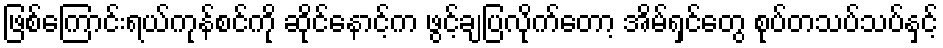
ဖြစ်ကြောင်းရယ်ကုန်စင်ကို ဆိုင်နောင့်က ဖွင့်ချပြလိုက်တော့ အိမ်ရှင်တွေ စုပ်တသပ်သပ်နှင့်